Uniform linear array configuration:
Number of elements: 8
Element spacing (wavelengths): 0.25
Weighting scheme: exponential
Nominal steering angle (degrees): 45
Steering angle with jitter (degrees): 43.514
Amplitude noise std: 0.05
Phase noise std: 0.05

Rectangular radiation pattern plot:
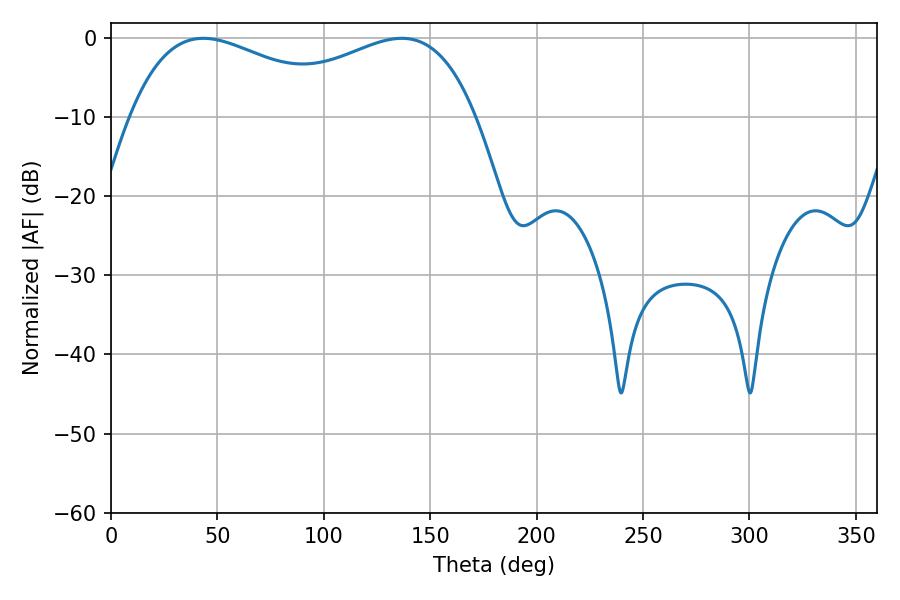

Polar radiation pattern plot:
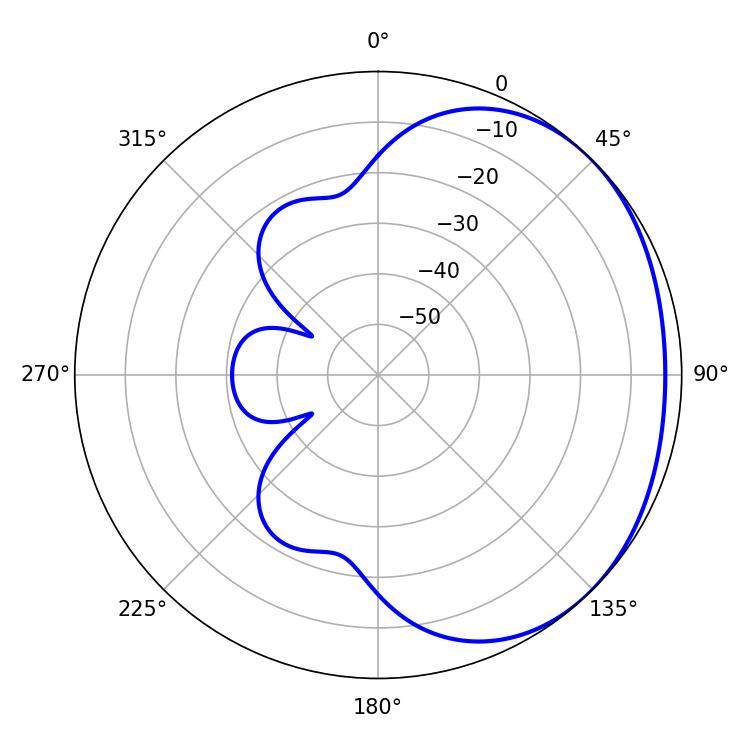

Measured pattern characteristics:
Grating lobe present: FALSE
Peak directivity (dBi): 1.671
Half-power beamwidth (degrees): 58.68
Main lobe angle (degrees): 43.38